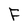
Character: F